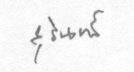
สุรินทร์